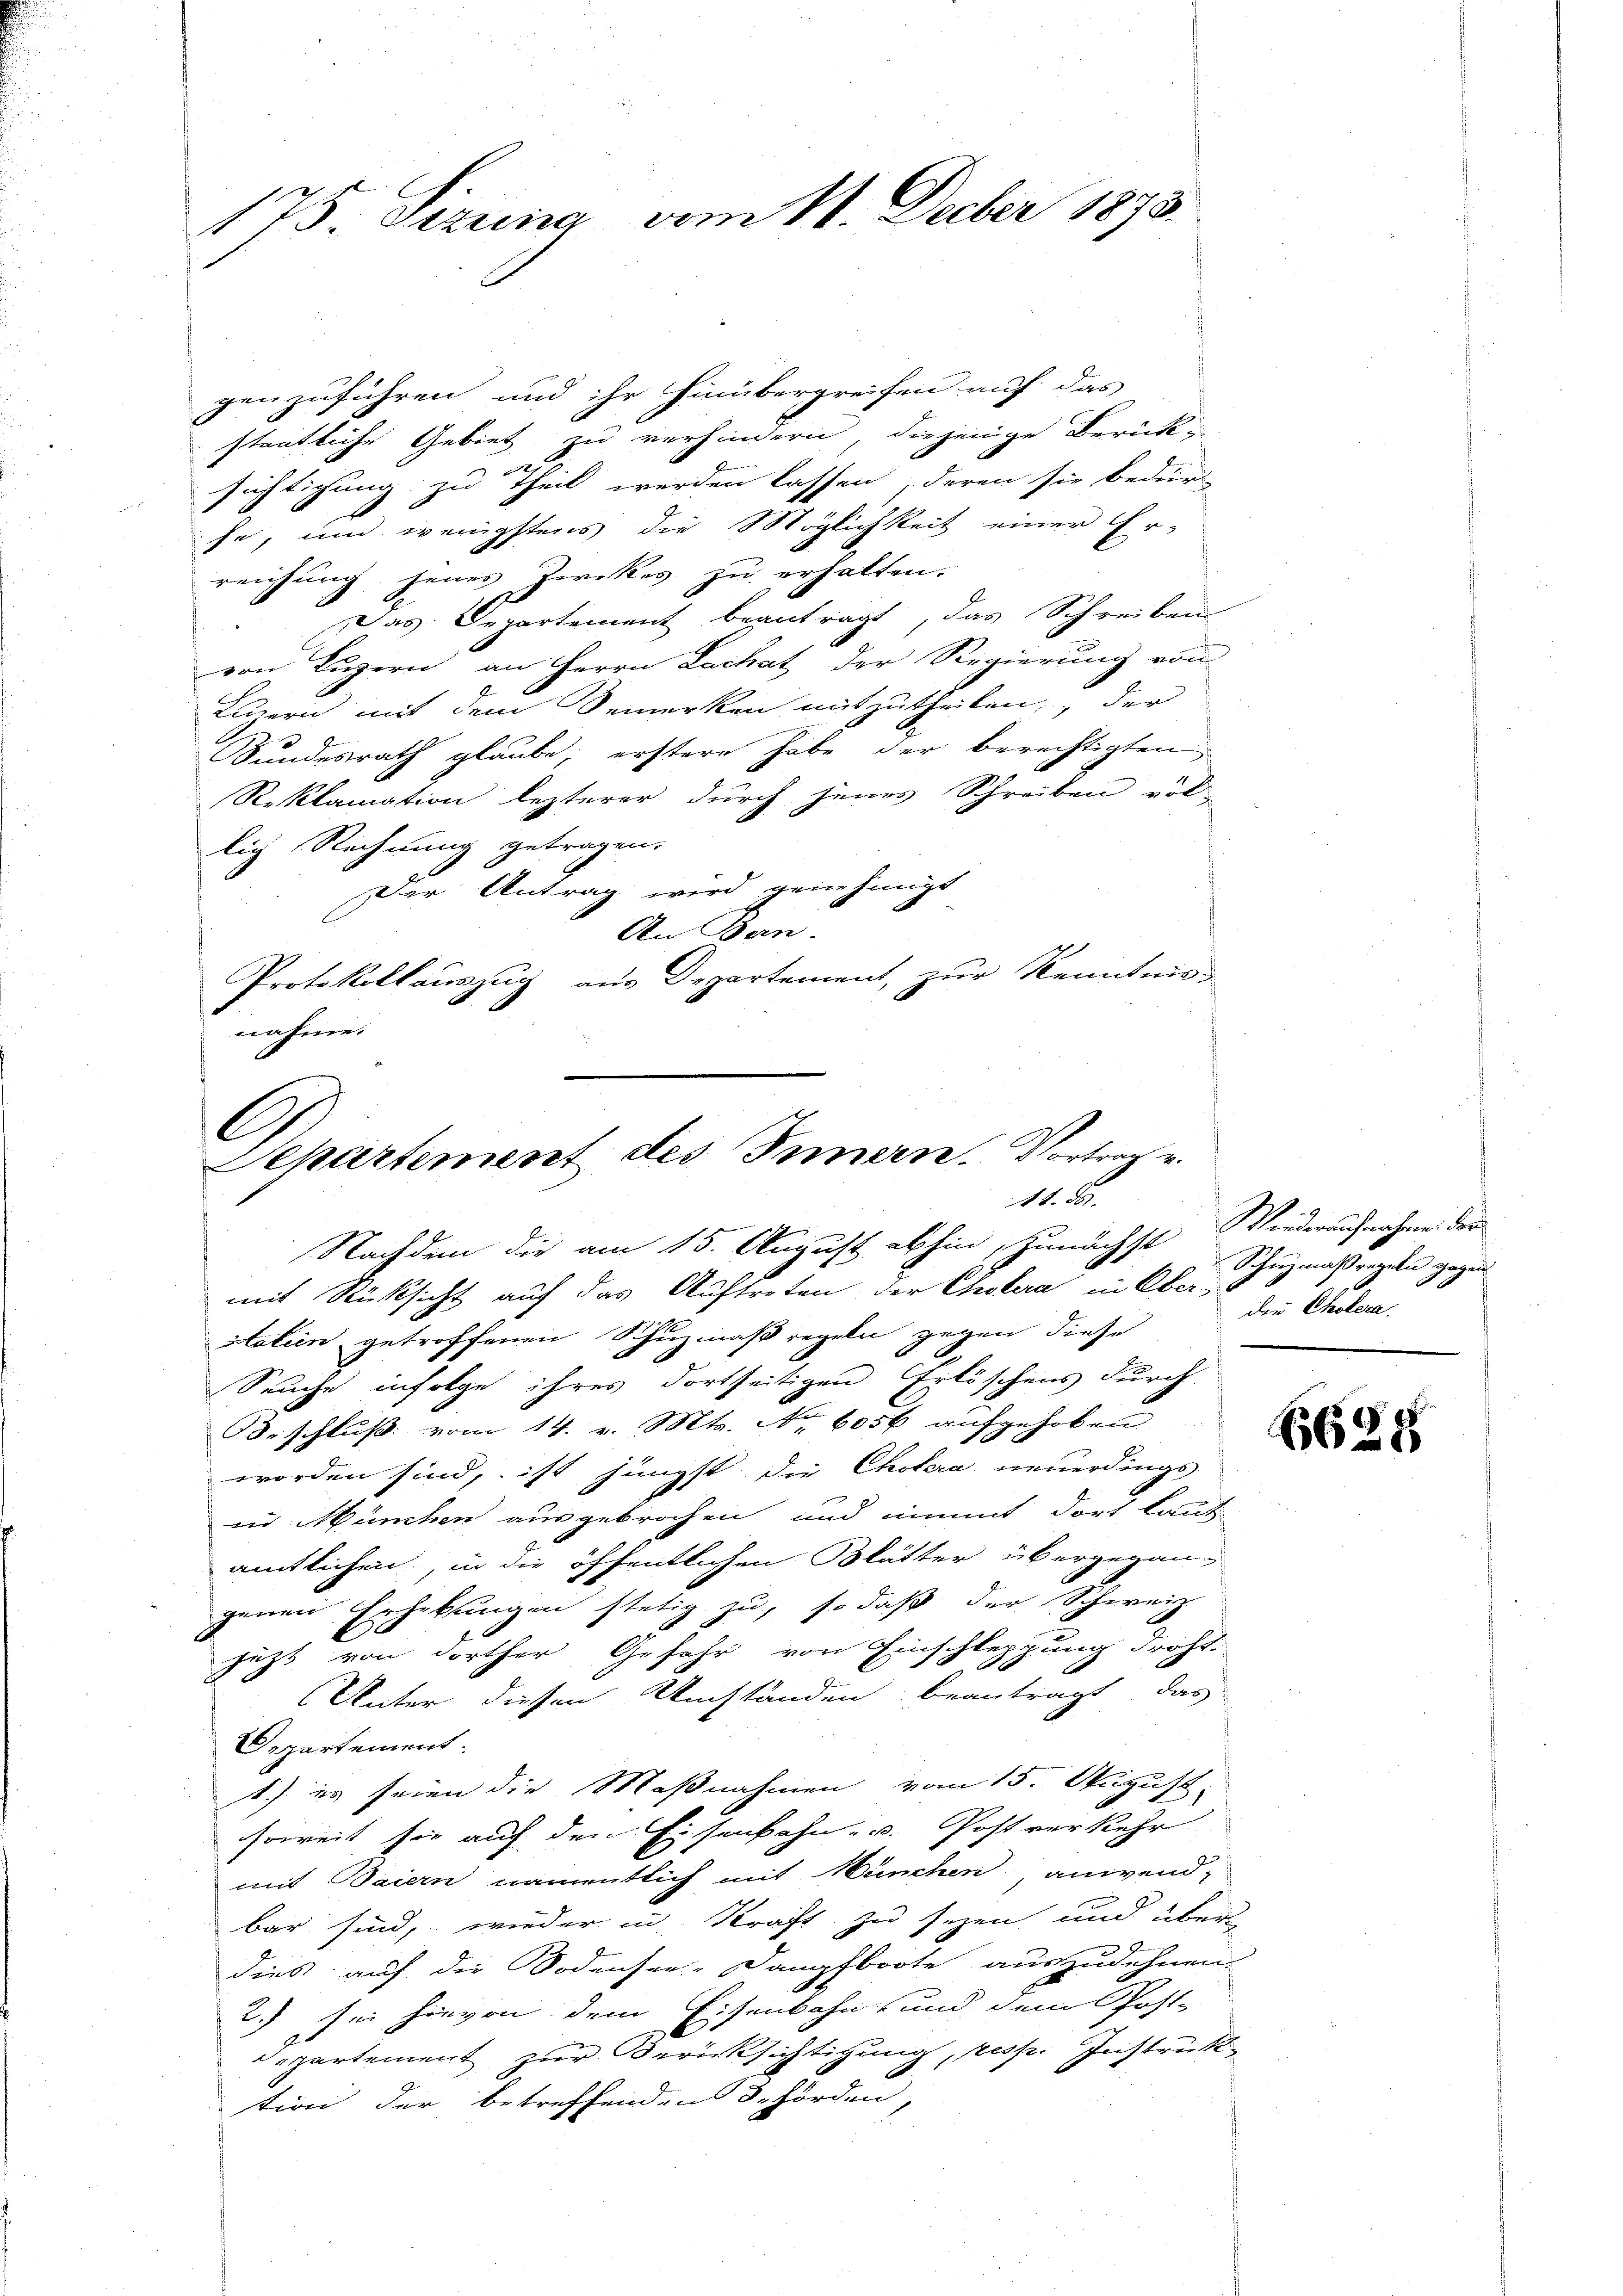
175 sezung vom 11. Decber 1873.

genzuführen und ihr hinübergreifen auf das
staatliche Gebiet zu verhindern, diejenige Berücksichtigung zu Theil werden lassen, deren sie bedür
se, und wenigstens die Möglichkeit einer Er-
reichung jenes Zerckes zu erhalten.
Das Departement beantragt, das Schreiben
von Luzern, an Herrn Lachat der Regierung von
Innern mit dem Bemerken mitzutheilen, der
Sundesrath glaube, erstere habe der berechtigten
Reklamation lezterer durch jenes Schreiben völ-
lich Rechnung getragen.
Der Antrag wird genehmigt
An Ban
Protokollauszug aus Departement, zur Kenntnis
nahme.

C
Departement des Innern. Vortrag v.
11. 85.
Nachdem die am 15. August abhin, zunächst Wiederaufnahme der

mit Rücksicht auf das Auftreten der Gestera in Ober-
talein getroffenen Schuzmaßregeln gegen diese
Seuche infolge ihres dortseitigen Erlöschens durch
Beschluß vom 14. v. Mts. Nr. 6056 aufgehoben
worden sind, ist jüngst die Cholera neuerdings
in München ausgebrochen und nimmt dort laut
amtlichen, in die öffentlichen Blätter übergegangenen Erhebungen stetig zu, so daß der Schweiz
l
7
jetzt von dorther Gefahr von Einschleppung droht-
Unter diesen Umständen beantragt, das
Departement.
1.) es seien die Maßnahmen vom 15. August
soweit sie auf den Eisenbahn- u. Postverkehr
mit Baiern namentlich mit München anwend-
bar sind, wieder in Straft zu seyen und über
dies auf die Sodensee-Dampfboote auszudehnen.
2) sei hievon dem Eisenbahn- und dem Post-
departement zur Berücksichtigung, resp. Instruktion der betreffenden Behörden;

Schuzmaßregeln gegen
der Cholera.

6625